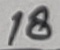
Text: 18